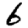
Digit: 6